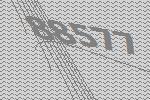
88577